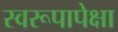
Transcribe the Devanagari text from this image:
स्वरूपापेक्षा